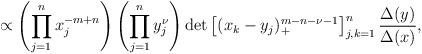
LaTeX: \begin{align*} \propto\left(\prod_{j=1}^n x_j^{-m+n} \right) \left( \prod_{j=1}^n y_j^{\nu} \right) \det \left[(x_k-y_j)_+^{m-n-\nu-1} \right]_{j,k=1}^n \frac{\Delta(y)}{\Delta(x)},\end{align*}